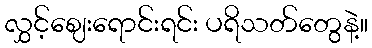
လွှင့်ဈေးရောင်းရင်း ပရိသတ်တွေနဲ့။